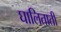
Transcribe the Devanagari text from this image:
घालिताती